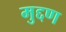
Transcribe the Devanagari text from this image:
मुद्दण